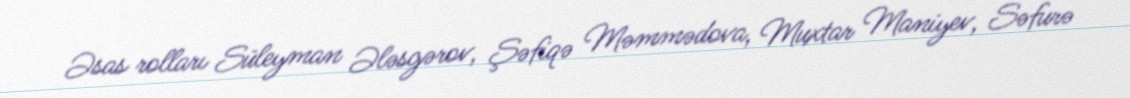
Əsas rolları Süleyman Ələsgərov, Şəfiqə Məmmədova, Muxtar Maniyev, Səfurə